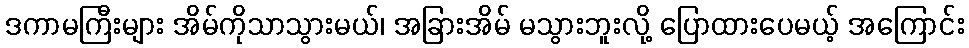
ဒကာမကြီးများ အိမ်ကိုသာသွားမယ်၊ အခြားအိမ် မသွားဘူးလို့ ပြောထားပေမယ့် အကြောင်း